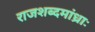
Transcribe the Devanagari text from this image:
राजशब्दमांध्राः